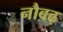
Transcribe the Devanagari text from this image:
नौबढ़